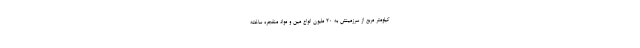
کیلومتر مربع از سرزمینش به ۲۰ ملیون انواع مین و مواد منفجره ساخته